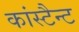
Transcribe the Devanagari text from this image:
कांस्टैन्ट